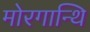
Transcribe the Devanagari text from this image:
मोरगान्थि